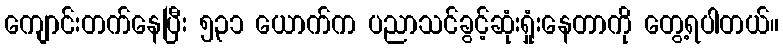
ကျောင်းတက်နေပြီး ၅၃၁ ယောက်က ပညာသင်ခွင့်ဆုံးရှုံးနေတာကို တွေ့ရပါတယ်။